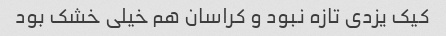
کیک یزدی تازه نبود و کراسان هم خیلی خشک بود